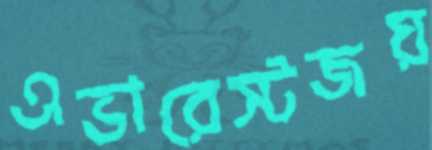
এভারেস্টজয়